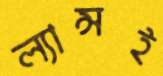
ল্যান্সই